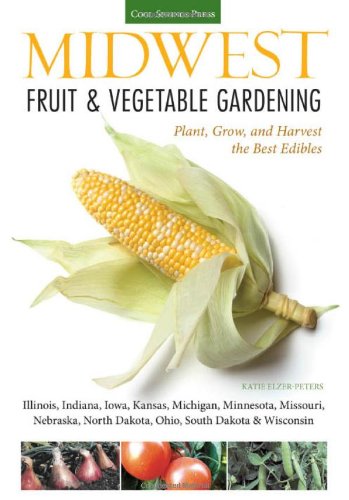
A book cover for Midwest Fruit & Vegetable Gardening: Plant, Grow, and Harvest the Best Edibles - Illinois, Indiana, Iowa, Kansas, Michigan, Minnesota, Missouri, ... (Fruit & Vegetable Gardening Guides); Katie Elzer-Peters; Crafts, Hobbies & Home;